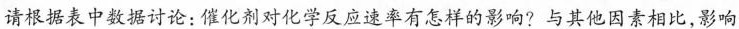
请根据表中数据讨论：催化剂对化学反应速率有怎样的影响?与其他因素相比，影响